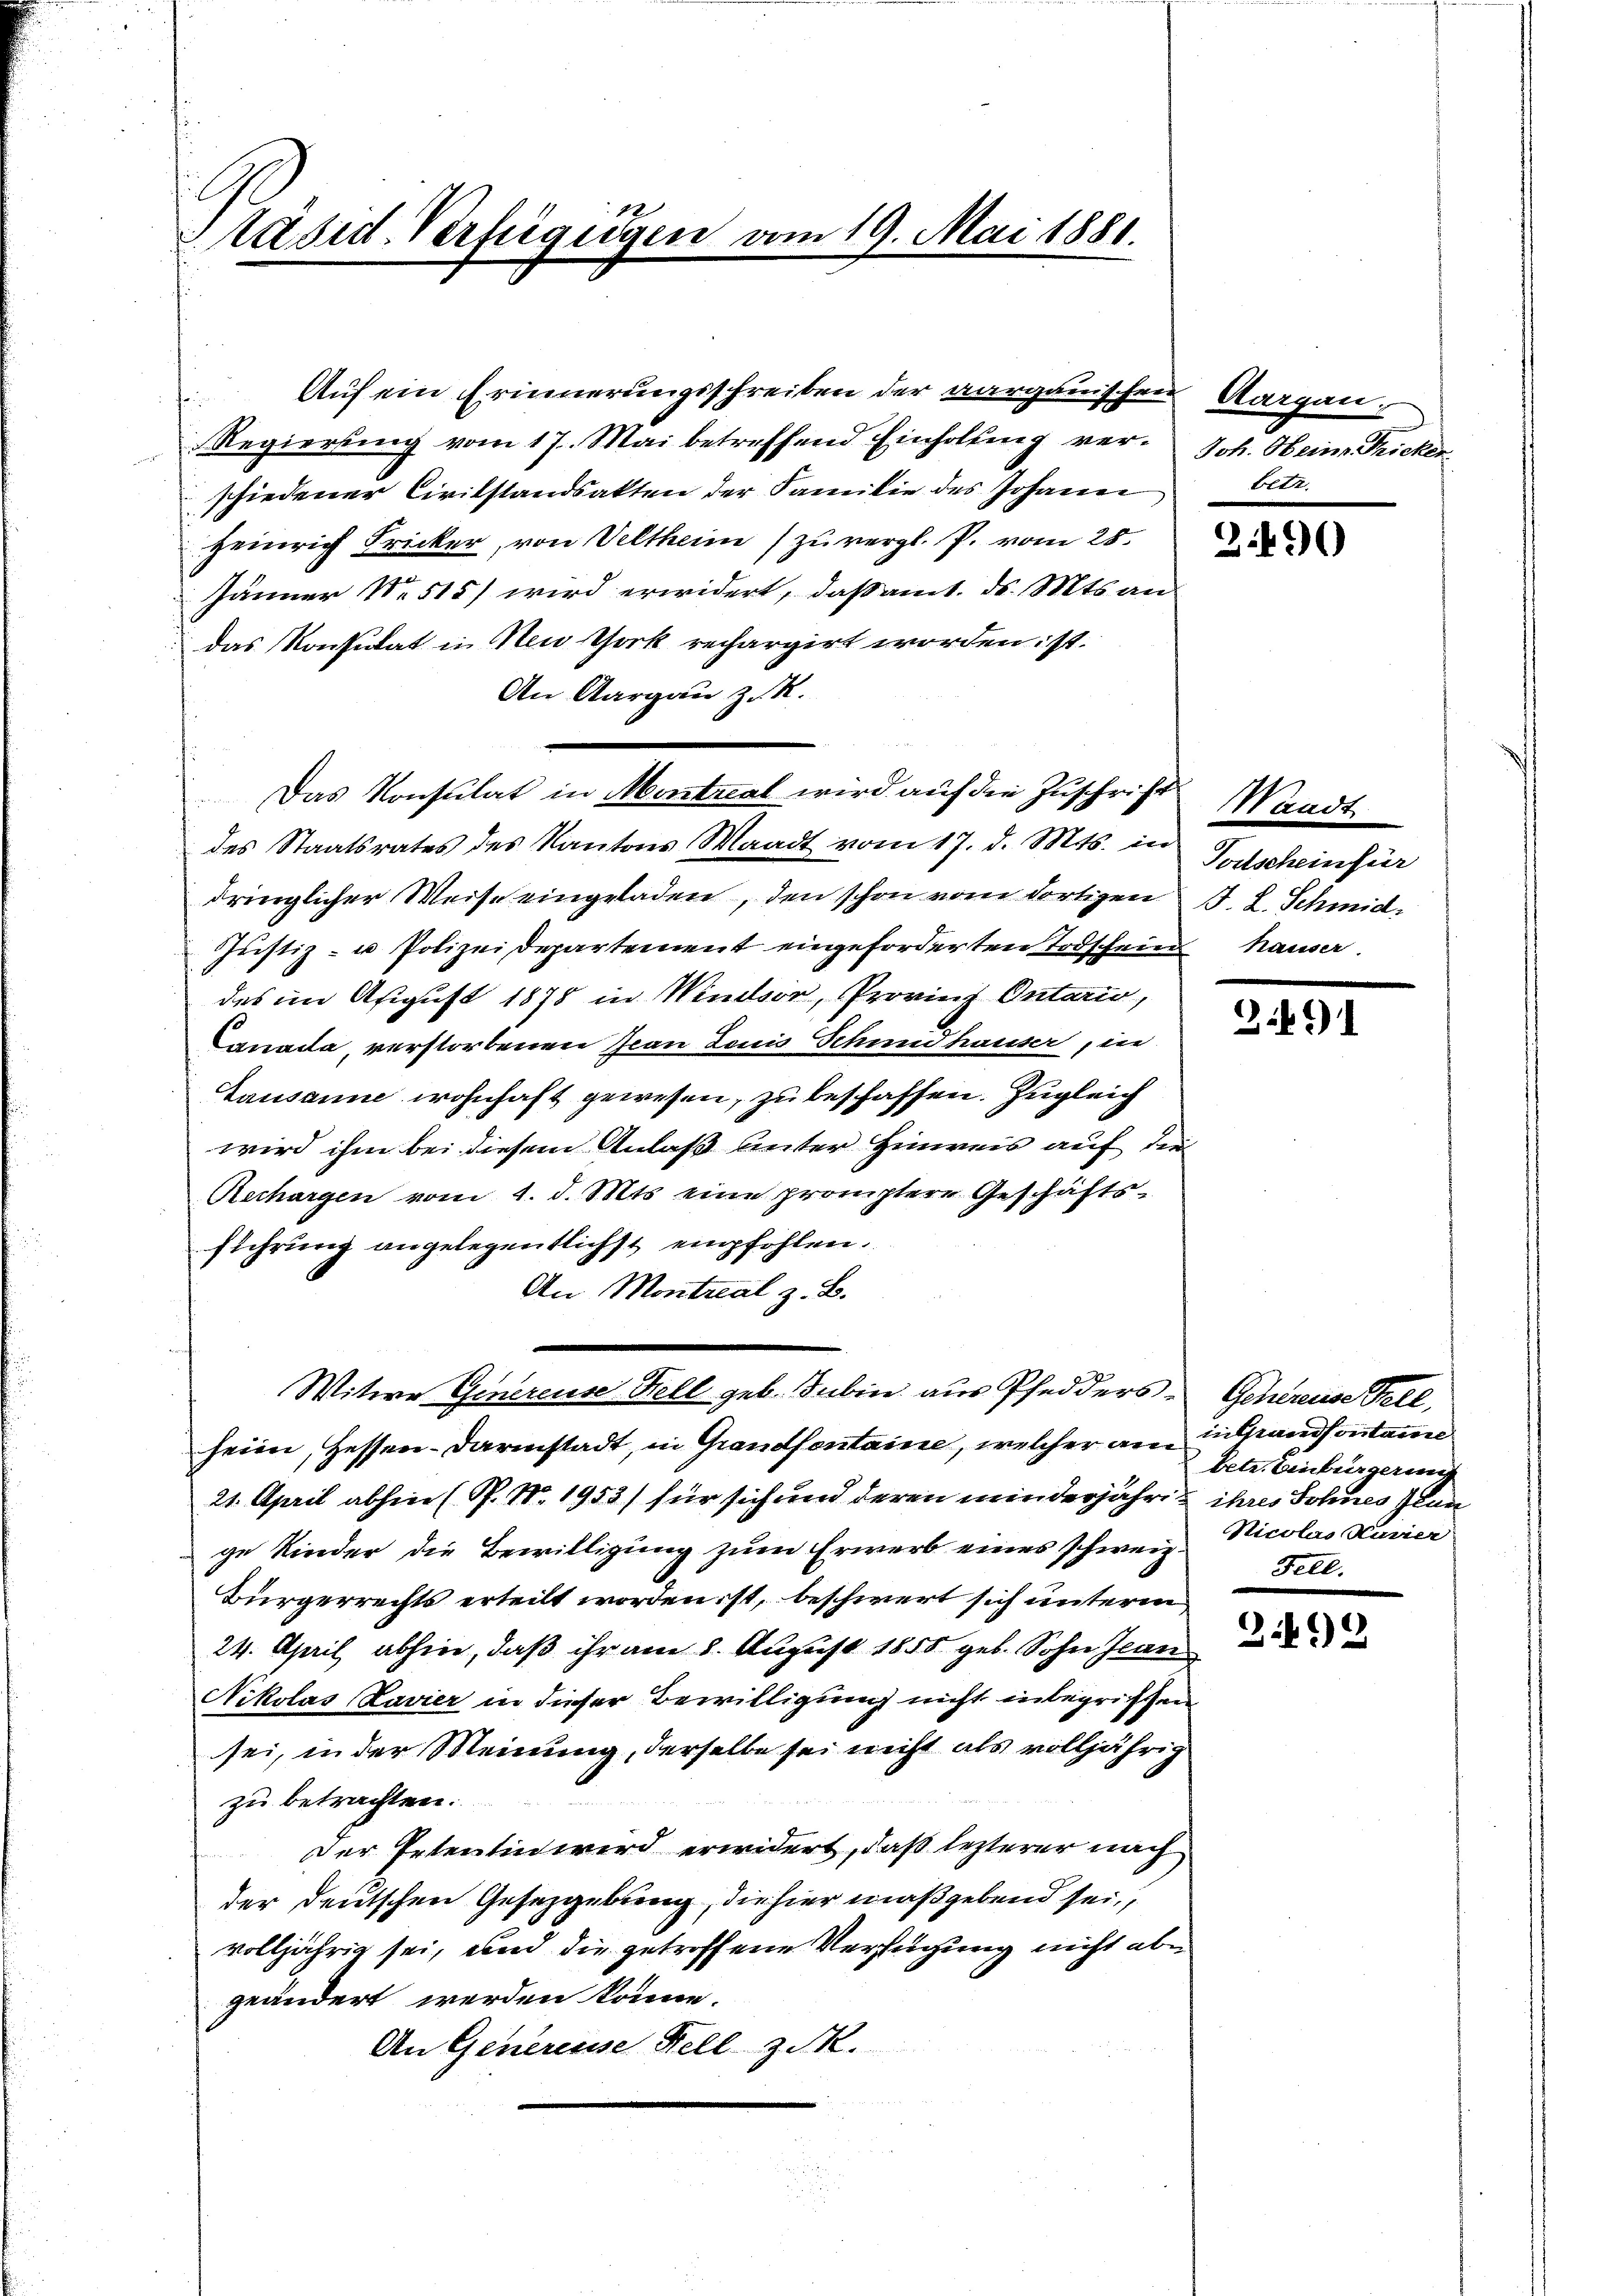
Präsid-Verfügigen vom 19. Mai 1881.

Regierung vom 17. Mai betreffend Einholung verschiedener Civilstandsakten der Familie des Johann betr.
Heinrich Fricker, von Veltheim) zu vergl. P. vom 28.
Jänner No 515) wird erwidert, daß am 1. ds. Mts. an
das Konsulat in Neuthork rechargirt worden: st.
An Aargau z. R.
des Staatsrates des Kantons Waadt vom 17. d. Mts. in Todscheinfür
dringlicher Weise eingeladen, den schon vom dortigen J. L. Schmid
Justiz- u Polizeidepartement eingeforderten Todschein hauser.
des im August 1878 in Windsor, Provinz Ontario,
Canada, verstorbenen Jean Louis Schmid hauser, in
Lausanne wohnhaft gewesen, zu beschaffen. Zugleich
wird ihm bei diesem Anlaß unter Hinweis auf die
Rechargen vom 1. d. Mts. eine promptere Geschäfts-
fiehrung angelegentlichst empfohlen.
An Montreal z. B.
Witwe Genereise Hell geb. Subin aus Pfedders. Genereise Stell
heim, Hessen-Darinstadt, in Grandsontaine, welcher am
21. April abhin (P. Nr. 1953) für sich und deren minderjähren ihres Sohnes Zun
ge Kinder die Bewilligung zum Erwerb eines schweiz.
Bürgerrechts erteilt worden ist, beschwert sich unterm
24. April abhin, daß ihr am 8. August 1855 geb. Sohn Jean
Nikolas Bavier in dieser Bewilligung nicht inbegriffen
sei, in der Meinung, derselbe sei nicht als volljährig
zu betrachten.
Der Petentin wird erwidert, daß lezterer nach
der deutschen Gesetzgebung, die hier maßgebend sei,
volljährig sei, und die getroffene Verfügung nicht abe
geändert werden könne.
An Generesse Fell z. R.

Das Konsulat in Mentzcal wird auf die Zuschrift Waadt

Auf ein Erinnerungsschreiben der aargauischen Aargau¬

Joh. Heinr. Fricker

3.490

3401

in Grandsontaire
betr. Einbergerung
Nicolas Hurier
Fetl.

342